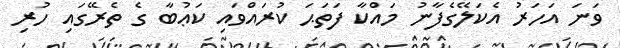
ވަނަ އަހަރު އެކަލޭގެފާނު މައްކާ ފަތަޙަ ކުރައްވައި ކަޢުބާ ގެ ތެރޭގައި ހުރި